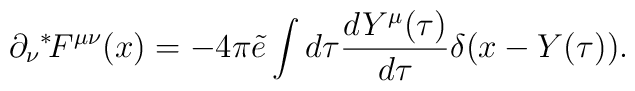
\partial_\nu {}^*\!F^{\mu\nu}(x) = - 4 \pi \tilde{e} \int d\tau \frac{dY^\mu(\tau)}   {d\tau} \delta(x - Y(\tau)).